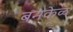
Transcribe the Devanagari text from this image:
बनकेळ